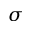
\sigma